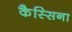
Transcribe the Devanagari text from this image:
कैस्सिना